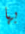
بها